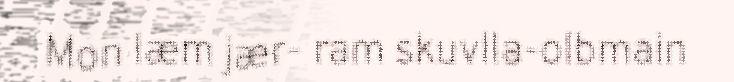
Mon læm jær- ram skuvlla-olbmain